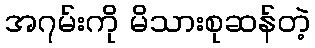
အ၇မ်းကို မိသားစုဆန်တဲ့